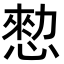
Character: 愸